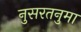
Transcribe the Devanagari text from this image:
नुसरतनुमा